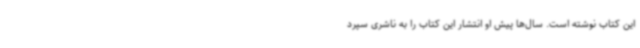
این کتاب نوشته است. سال‌ها پیش او انتشار این کتاب را به ناشری سپرد